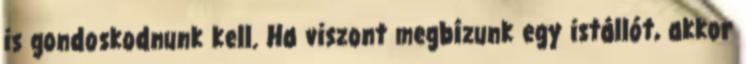
is gondoskodnunk kell. Ha viszont megbízunk egy istállót, akkor